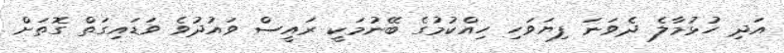
އަދި ހުޅުމާލެ ދެވަނަ ފިޔަވަހި ހިއްކުމުގެ ބޭނުމަކީ ރައީސް ވައުދުވެ ވަޑައިގަތް ގޮތަށް